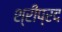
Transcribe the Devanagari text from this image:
श्रीप्रद